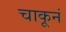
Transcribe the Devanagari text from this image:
चाकूनं